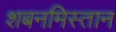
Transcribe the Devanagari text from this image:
शबनमिस्तान